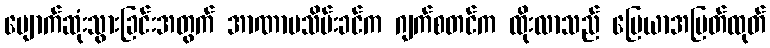
ပျောက်ဆုံးသွားခြင်းအတွက် အာဏာမသိမ်းခင်က ဂျက်စတင်က ထိုးလာသည် မြေယာအမြတ်ထုတ်